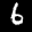
Label: 6